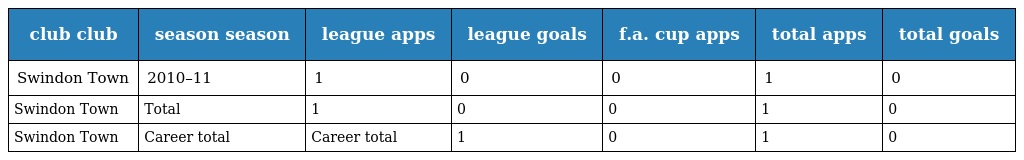
| club club | season season | league apps | league goals | f.a. cup apps | total apps | total goals |
 | --- | --- | --- | --- | --- | --- | --- |
 | Swindon Town | 2010–11 | 1 | 0 | 0 | 1 | 0 |
 | Swindon Town | Total | 1 | 0 | 0 | 1 | 0 |
 | Swindon Town | Career total | Career total | 1 | 0 | 1 | 0 |